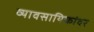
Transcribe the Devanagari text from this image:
व्यावसायिकांवर